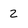
Character: 2